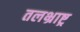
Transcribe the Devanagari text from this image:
तलभ्राष्ट्र